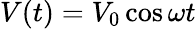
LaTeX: V(t)=V_{0}\cos\omega t